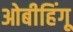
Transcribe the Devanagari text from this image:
ओबीहिंगू